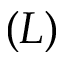
( L )